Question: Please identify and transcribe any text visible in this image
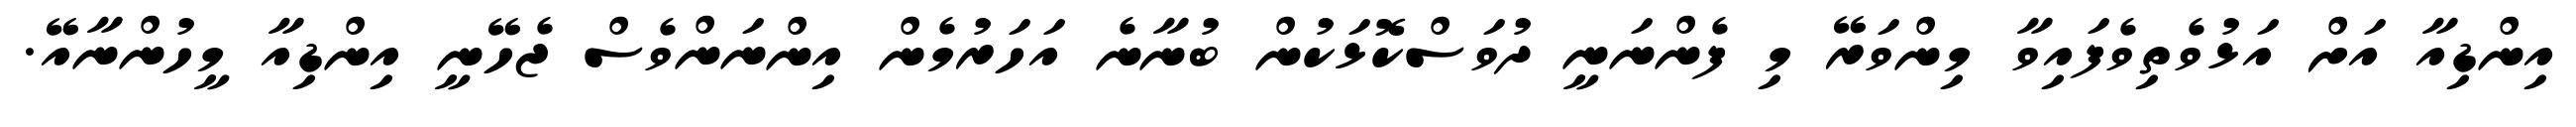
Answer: އިންޑިއާ އަށް އަޅުވެތިވެފައިވާ މިންވަރޭ މި ފެންނަނީ ދުވަސްކޮޅަކުން ބުނާނެ އަހަރުމެން އިންނަންވެސް ޖެހޭނީ އިންޑިއާ މީހުންނާއޭ.